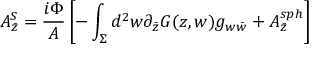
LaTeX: A _ { \bar { z } } ^ { S } = { \frac { i \Phi } { A } } \left[ - \int _ { \Sigma } d ^ { 2 } w \partial _ { \bar { z } } G ( z , w ) g _ { w \bar { w } } + A _ { \bar { z } } ^ { s p h } \right]